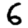
Digit: 6